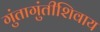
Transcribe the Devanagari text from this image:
गुंतागुंतीशिवाय